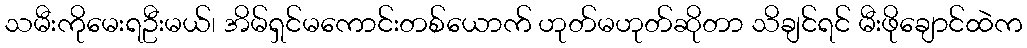
သမီးကိုမေးရဦးမယ်၊ အိမ်ရှင်မကောင်းတစ်ယောက် ဟုတ်မဟုတ်ဆိုတာ သိချင်ရင် မီးဖိုချောင်ထဲက